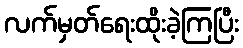
လက်မှတ်ရေးထိုးခဲ့ကြပြီး